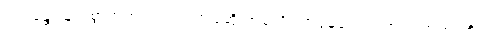
“ဘန္တေ၊ မြတ်စွာဘုရား။ ဣဒံ၊ ဤပုဆိုးအစုံကို။ တုမှေယေဝ၊ အရှင်ဘုရားတို့